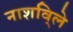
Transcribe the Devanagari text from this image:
नाशवि्ले